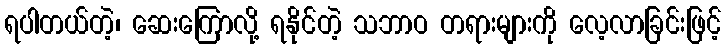
ရပါတယ်တဲ့၊ ဆေးကြောလို့ ရနိုင်တဲ့ သဘာဝ တရားများကို လေ့လာခြင်းဖြင့်